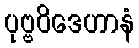
ပုဗ္ဗဝိဒေဟာနံ